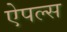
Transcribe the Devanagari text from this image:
ऐपल्स